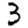
Digit: 3